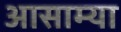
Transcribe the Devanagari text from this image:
आसाम्या